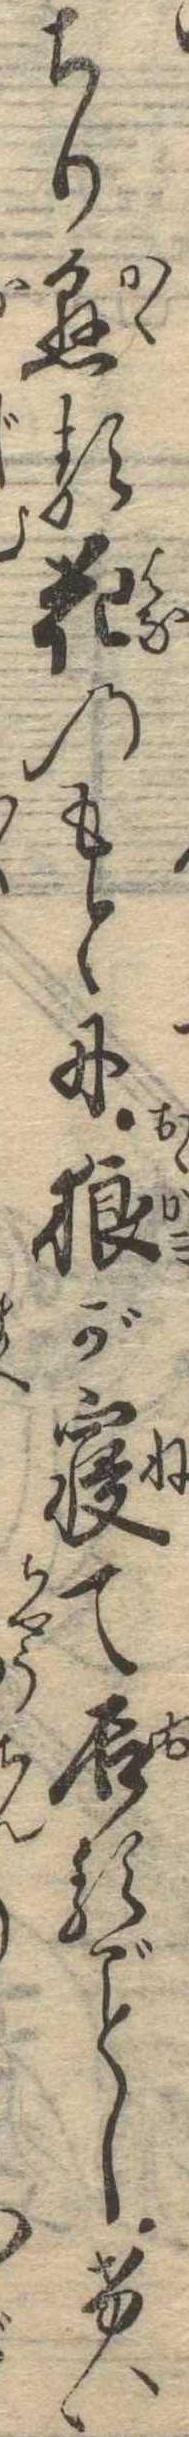
ちり懸る花のもとに狼が寝て居るしけい